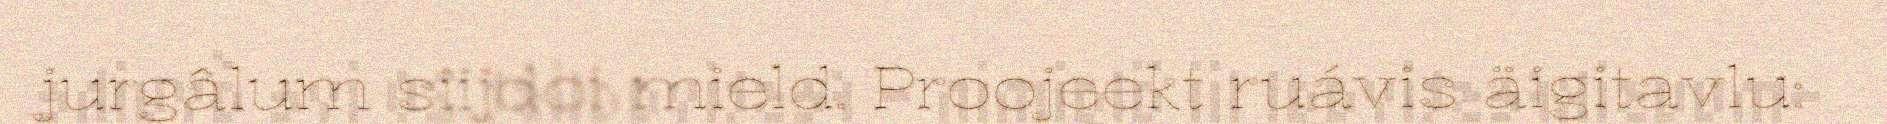
jurgâlum siijđoi mield. Proojeekt ruávis äigitavlu: